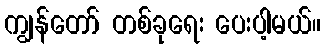
ကျွန်တော် တစ်ခုရေး ပေးပါ့မယ်။